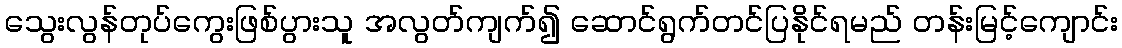
သွေးလွန်တုပ်ကွေးဖြစ်ပွားသူ အလွတ်ကျက်၍ ဆောင်ရွက်တင်ပြနိုင်ရမည် တန်းမြင့်ကျောင်း